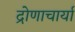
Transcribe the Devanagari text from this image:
द्रोणाचार्या